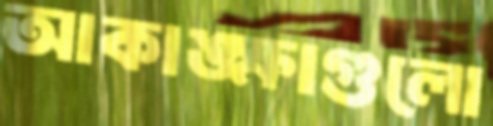
আকাঙ্ক্ষাগুলো